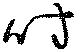
時